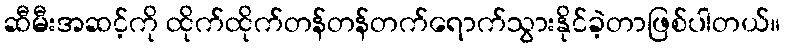
ဆီမီးအဆင့်ကို ထိုက်ထိုက်တန်တန်တက်ရောက်သွားနိုင်ခဲ့တာဖြစ်ပါတယ်။